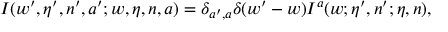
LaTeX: I ( w ^ { \prime } , \eta ^ { \prime } , n ^ { \prime } , a ^ { \prime } ; w , \eta , n , a ) = \delta _ { a ^ { \prime } , a } \delta ( w ^ { \prime } - w ) I ^ { a } ( w ; \eta ^ { \prime } , n ^ { \prime } ; \eta , n ) ,